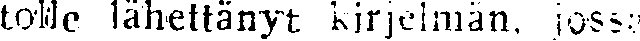
tolle lähettänyt kirjelmän, jossa